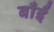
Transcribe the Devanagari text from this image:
बाँईं